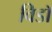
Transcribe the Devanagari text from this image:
विडाॅ